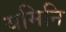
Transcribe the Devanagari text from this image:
यमिनि